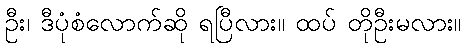
ဦး၊ ဒီပုံစံလောက်ဆို ရပြီလား။ ထပ် တိုဦးမလား။